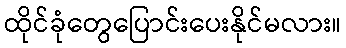
ထိုင်ခုံတွေပြောင်းပေးနိုင်မလား။